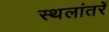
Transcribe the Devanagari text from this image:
स्थलांतरें